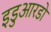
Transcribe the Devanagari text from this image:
इडुआरडो